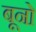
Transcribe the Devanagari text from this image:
बूनो